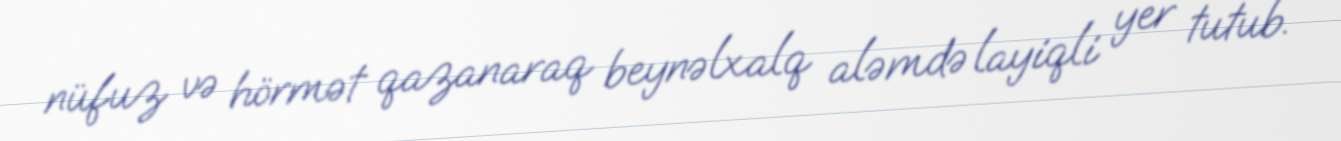
nüfuz və hörmət qazanaraq beynəlxalq aləmdə layiqli yer tutub.